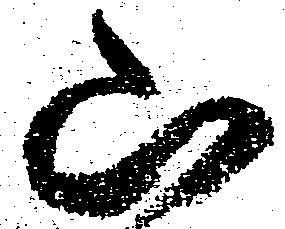
山